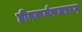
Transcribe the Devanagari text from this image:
हीनकर्मफलप्रदम्